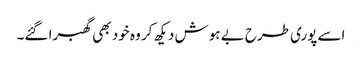
اسے پوری طرح بے ہوش دیکھ کر وہ خود بھی گھبرا گئے۔